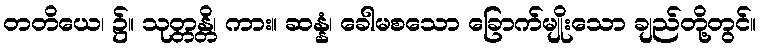
တတိယေ၊ ၌။ သုတ္တန္တိ၊ ကား။ ဆန္နံ၊ ခေါမစသော ခြောက်မျိုးသော ချည်တို့တွင်။